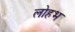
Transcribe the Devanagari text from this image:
लोहभ